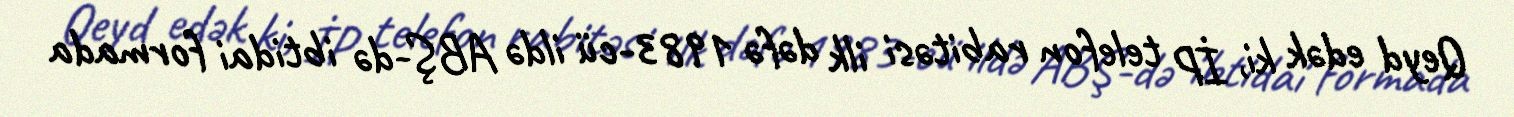
Qeyd edək ki, İP telefon rabitəsi ilk dəfə 1983-cü ildə ABŞ-də ibtidai formada